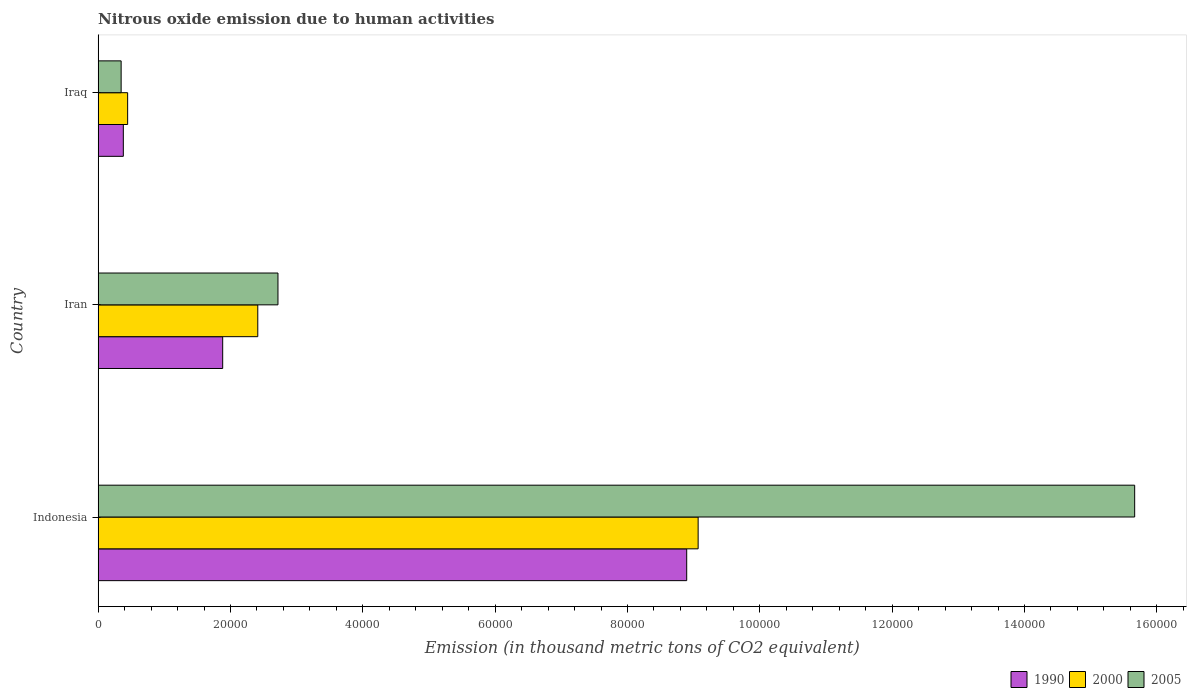
| Country | 1990 | 2000 | 2005 |
 | --- | --- | --- | --- |
 | Indonesia | 8.89e+04 | 9.07e+04 | 1.57e+05 |
 | Iran | 1.88e+04 | 2.41e+04 | 2.72e+04 |
 | Iraq | 3.81e+03 | 4.46e+03 | 3.48e+03 |